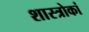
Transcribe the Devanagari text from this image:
शास्त्रोकां